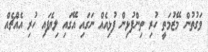
ވަގުތުން މޭޒުމަތީ ހުރި ތިންފުޅިން ފުޅިއެއް ނަގައި އޭގައި ލިޔެފައި ހުރި އެއްޗެއް